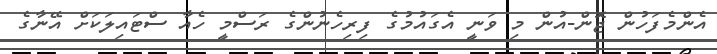
އެންމެފަހުން ޖޮން-އުން މި ވަނީ އެގައުމުގެ ފިރިހެނުންގެ ރަސްމީ ހެއާ ސްޓައިލަކަށް އޭނާގެ